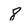
Character: 8